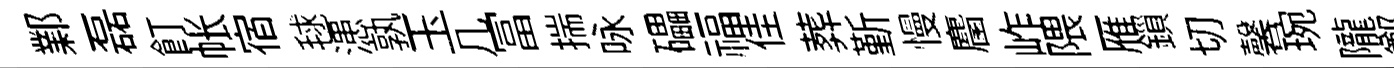
鄴磊飣帐宿毬漶孰玉几冨揣咏礧福佳葬斳慢麕岞隈雁鎻切馨琬隴鄭